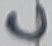
Text: C